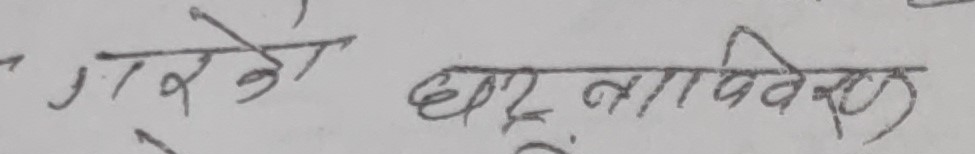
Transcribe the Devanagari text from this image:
गरेको घर नापिवेका